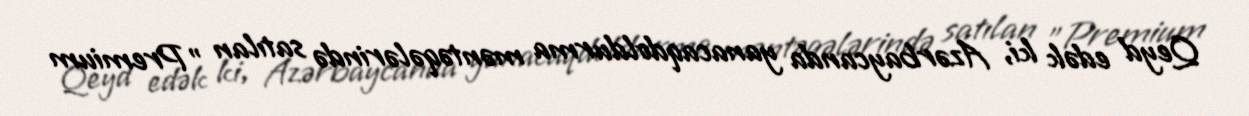
Qeyd edək ki, Azərbaycanda yanacaqdoldurma məntəqələrində satılan "Premium